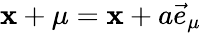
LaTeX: \mathbf{x}+\mu=\mathbf{x}+a\vec{{e}}_{\mu}